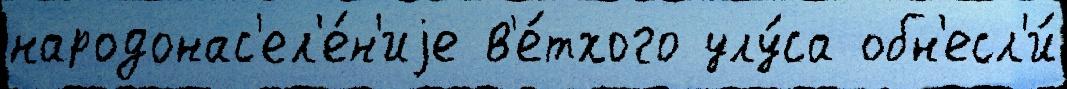
народонас'ел'е́н'иjе в'е́тхого улу́са обн'есл'и́